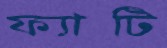
ফ্যাটি